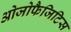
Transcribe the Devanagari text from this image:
ओजोफैजिटिस